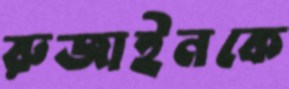
রুজাইনকে